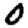
Digit: 0